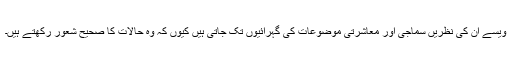
ویسے ان کی نظریں سماجی اور معاشرتی موضوعات کی گہرائیوں تک جاتی ہیں کیوں کہ وہ حالات کا صحیح شعور رکھتے ہیں۔